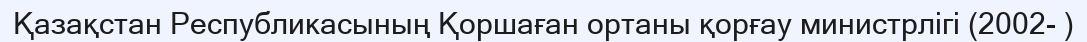
Қазақстан Республикасының Қоршаған ортаны қорғау министрлігі (2002- )